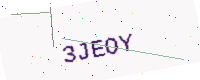
Text: 3JEOY